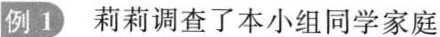
例1莉莉调查了本小组同学家庭